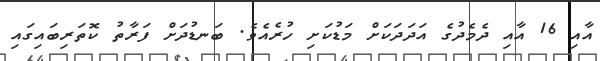
އާއި 16 އާއި ދެމެދުގެ އަދަދަަކަށް މަޑުކަށި ހުރެއެވެ. ބަނޑުދަށް ފަރާތު ކޮތަރިބައިގައި